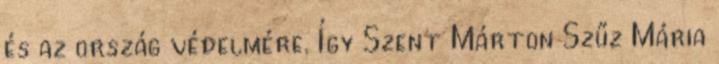
és az ország védelmére. Így Szent Márton Szűz Mária